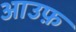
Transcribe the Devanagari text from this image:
आउफ़